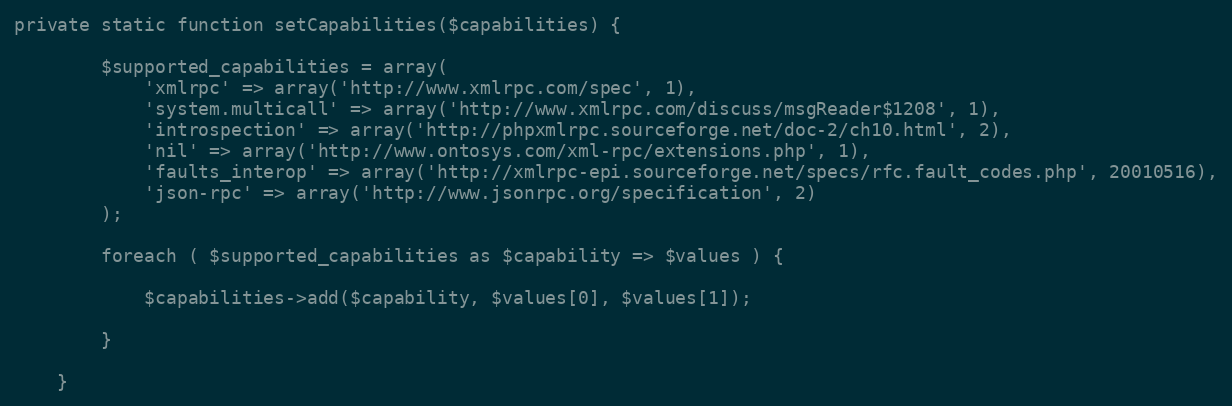
Language: PHP
private static function setCapabilities($capabilities) {

        $supported_capabilities = array(
            'xmlrpc' => array('http://www.xmlrpc.com/spec', 1),
            'system.multicall' => array('http://www.xmlrpc.com/discuss/msgReader$1208', 1),
            'introspection' => array('http://phpxmlrpc.sourceforge.net/doc-2/ch10.html', 2),
            'nil' => array('http://www.ontosys.com/xml-rpc/extensions.php', 1),
            'faults_interop' => array('http://xmlrpc-epi.sourceforge.net/specs/rfc.fault_codes.php', 20010516),
            'json-rpc' => array('http://www.jsonrpc.org/specification', 2)
        );

        foreach ( $supported_capabilities as $capability => $values ) {

            $capabilities->add($capability, $values[0], $values[1]);

        }

    }